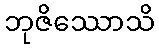
ဘုဇိဿောသိ